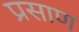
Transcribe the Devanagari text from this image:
प्रसाण